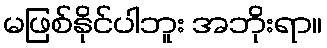
မဖြစ်နိုင်ပါဘူး အဘိုးရာ။